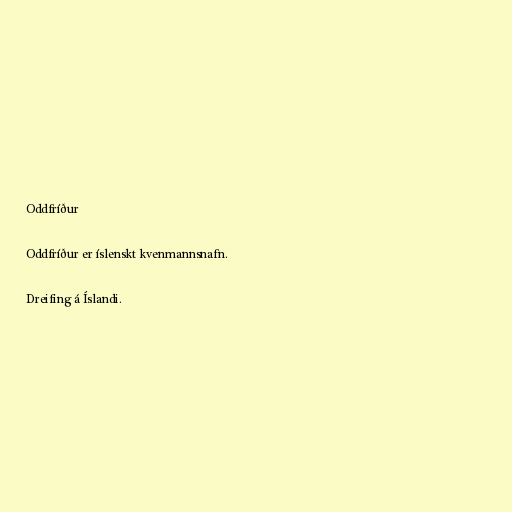
Oddfríður

Oddfríður er íslenskt kvenmannsnafn.

Dreifing á Íslandi.